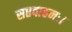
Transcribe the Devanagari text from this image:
सप्तवाहनः।